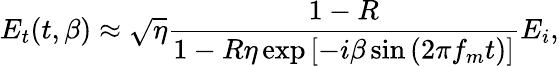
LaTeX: E_{t}(t,\beta)\approx\sqrt{\eta}\frac{1-R}{1-R\eta\exp\left[-i\beta\sin\left(2\pi f_{m}t\right)\right]}E_{i},